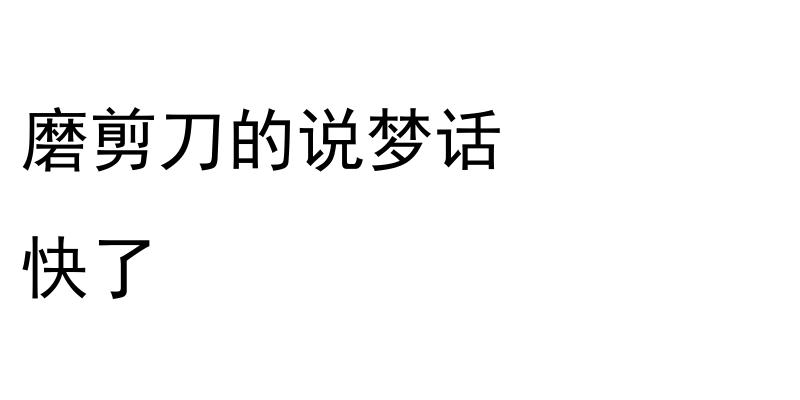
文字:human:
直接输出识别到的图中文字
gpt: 磨剪刀的说梦话 快了